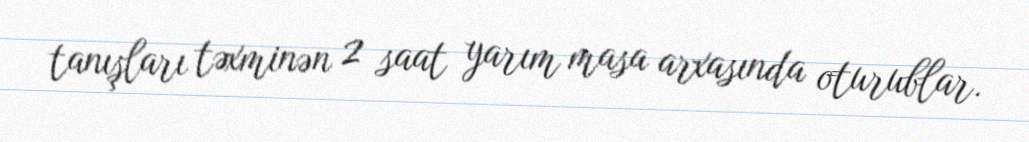
tanışları təxminən 2 saat yarım masa arxasında oturublar.